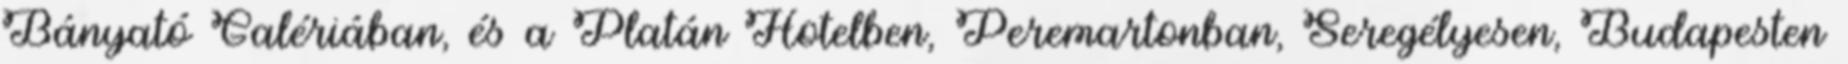
Bányató Galériában, és a Platán Hotelben, Peremartonban, Seregélyesen, Budapesten